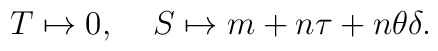
T \mapsto 0, \;\;\;\; S \mapsto m + n\tau + n \theta\delta.